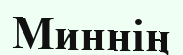
Миннің